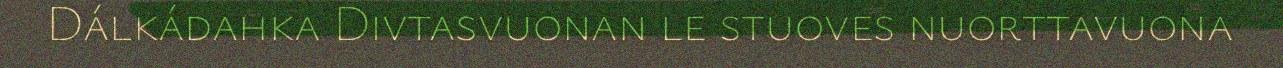
Dálkádahka Divtasvuonan le stuoves nuorttavuona